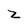
Character: z